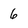
Character: 6